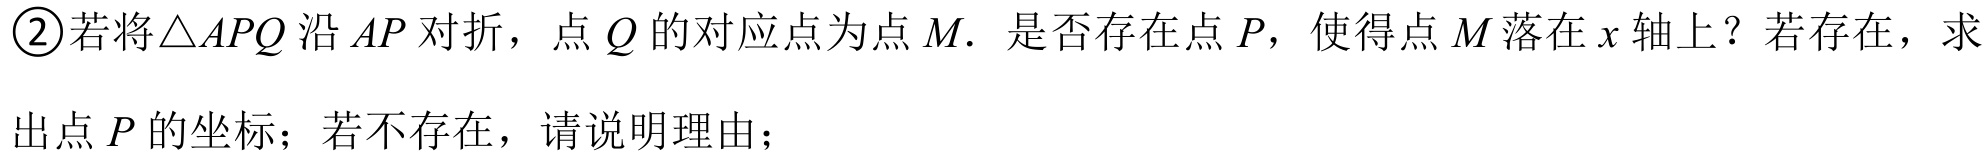
\textcircled{2}若将\(\triangle APQ\)沿\(AP\)对折，点\(Q\)的对应点为点\(M\). 是否存在点\(P\)，使得点\(M\)落在\(x\)轴上？若存在，求出点\(P\)的坐标；若不存在，请说明理由；